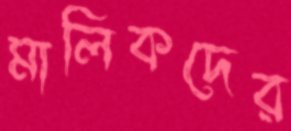
মালিকদের